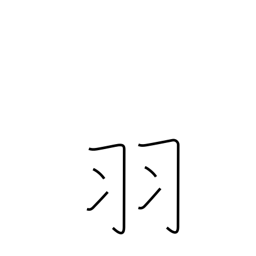
Meaning: counter for birds, rabbits